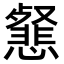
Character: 𢤕